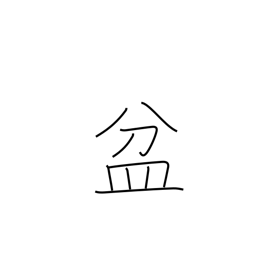
Meaning: basin